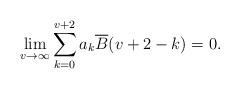
LaTeX: \begin{align*} \lim\limits_{v\rightarrow\infty}\sum_{k=0}^{v+2}a_k\overline{B}(v+2-k)=0.\end{align*}